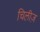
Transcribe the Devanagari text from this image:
चिलीज़